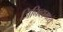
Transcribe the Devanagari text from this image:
जिनिव्हामध्ये